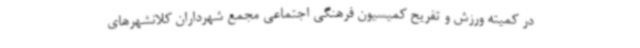
در کمیته ورزش و تفریح کمیسیون فرهنگی اجتماعی مجمع شهرداران کلانشهرهای